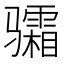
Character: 骦